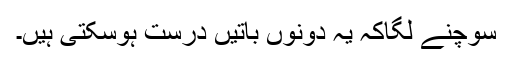
سوچنے لگاکہ یہ دونوں باتیں درست ہوسکتی ہیں۔